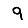
Digit: 9